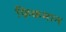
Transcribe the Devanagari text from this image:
फ़िकमान